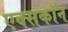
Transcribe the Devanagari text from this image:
एक्सकॉन